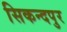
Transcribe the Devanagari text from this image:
सिकन्दपुर